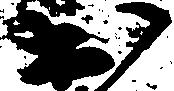
出